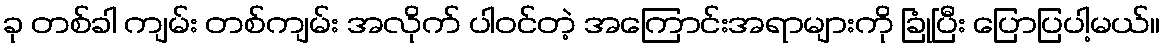
ခု တစ်ခါ ကျမ်း တစ်ကျမ်း အလိုက် ပါဝင်တဲ့ အကြောင်းအရာများကို ခြုံပြီး ပြောပြပါ့မယ်။